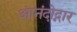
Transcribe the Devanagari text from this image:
आनंदोद्गार